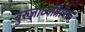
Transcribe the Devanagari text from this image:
बुरुजाव्यतिरिक्त